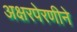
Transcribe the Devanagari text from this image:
अक्षरपेरणीने